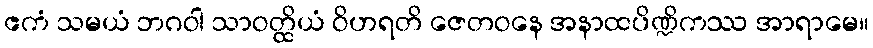
ဧကံ သမယံ ဘဂဝါ သာဝတ္ထိယံ ဝိဟရတိ ဇေတဝနေ အနာထပိဏ္ဍိကဿ အာရာမေ။